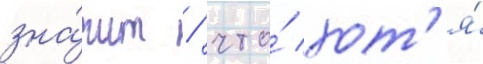
зна́чит / что́ хот'я́